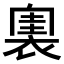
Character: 𧛲